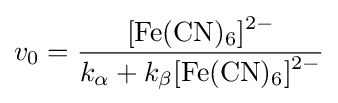
v_{0}={\frac {{\ce {[Fe(CN)6]^2-}}}{k_{\alpha }+k_{\beta }{\ce {[Fe(CN)6]^2-}}}}